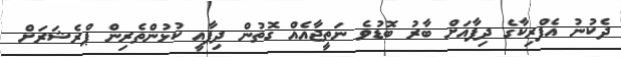
ދެކުނު އެފްރިކާގެ ދިފާއަށް ބާރު ބޮޑުވެ ނަތީޖާއެއް ގޮތުން ދިފާއީ ކުޅުންތެރިން ޕްރެޝަރަށް